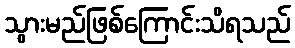
သွားမည်ဖြစ်ကြောင်းသိရသည်